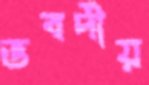
ভবদীয়